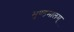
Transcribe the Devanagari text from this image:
मुण्डमालम्